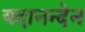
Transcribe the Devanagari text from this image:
यदानन्देन